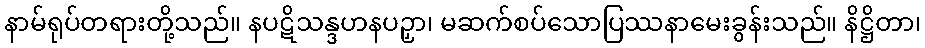
နာမ်ရုပ်တရားတို့သည်။ နပဋိသန္ဒဟနပဉှာ၊ မဆက်စပ်သောပြဿနာမေးခွန်းသည်။ နိဋ္ဌိတာ၊